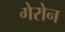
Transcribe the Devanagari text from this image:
गेरोन